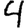
Digit: 4